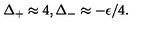
\Delta _ { + } \approx 4 , \Delta _ { - } \approx - \epsilon / 4 .